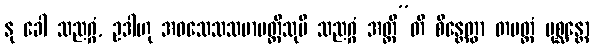
နု ခေါ သညဂ္ဂံ, ဥဒါဟု အဝသေသသမာပတ္တီသုပိ သညဂ္ဂံ အတ္ထီ”တိ စိန္တေတွာ တမတ္ထံ ပုစ္ဆန္တော